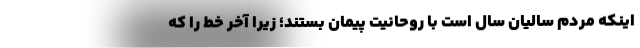
اینکه مردم سالیان سال است با روحانیت پیمان بستند؛ زیرا آخر خط را که